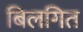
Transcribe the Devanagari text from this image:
बिलगित